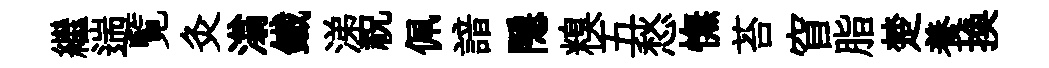
繼遄覧灸滃鐵涕祝佩諳隱糗五愁憮苔窅脂楚養换